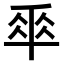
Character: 𠦬